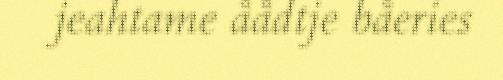
jeahtame åådtje båeries